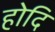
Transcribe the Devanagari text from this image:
होदि